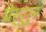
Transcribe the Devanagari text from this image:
पेर्गुरुन